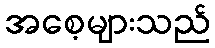
အစေ့များသည်